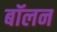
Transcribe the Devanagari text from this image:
बॉलन